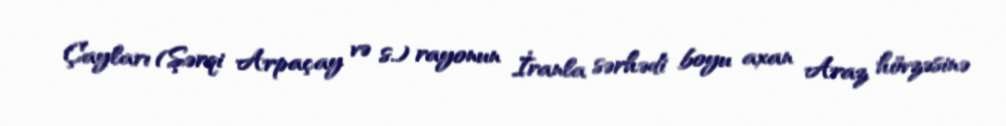
Çayları (Şərqi Arpaçay və s.) rayonun İranla sərhədi boyu axan Araz hövzəsinə